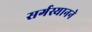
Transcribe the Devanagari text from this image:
सर्गस्यानने